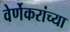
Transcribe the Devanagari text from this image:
वेर्णेकरांच्या